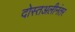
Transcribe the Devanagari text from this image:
दोस्तअलीनंतर